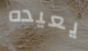
يعيده